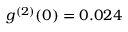
g ^ { ( 2 ) } ( 0 ) = 0 . 0 2 4